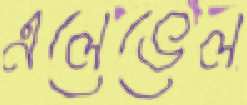
এলেভেল